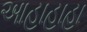
આહાહાહા